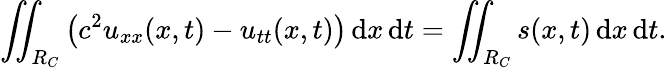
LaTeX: \iint_{R_{C}}\left(c^{2}u_{xx}(x,t)-u_{tt}(x,t)\right)\, \mathrm{d}x\, \mathrm{d}t=\iint_{R_{C}}s(x,t)\, \mathrm{d}x\, \mathrm{d}t.